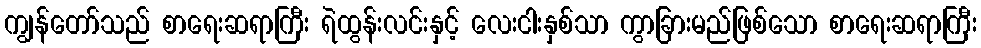
ကျွန်တော်သည် စာရေးဆရာကြီး ရဲထွန်းလင်းနှင့် လေးငါးနှစ်သာ ကွာခြားမည်ဖြစ်သော စာရေးဆရာကြီး